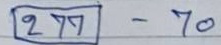
277 - 70